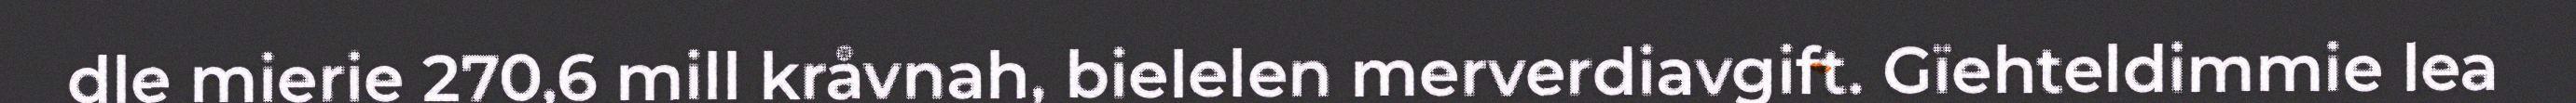
dle mierie 270,6 mill kråvnah, bielelen merverdiavgift. Gïehteldimmie lea